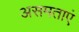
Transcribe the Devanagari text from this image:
असमताएं